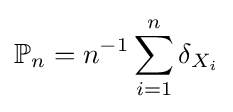
\mathbb {P} _{n}=n^{-1}\sum _{i=1}^{n}\delta _{X_{i}}